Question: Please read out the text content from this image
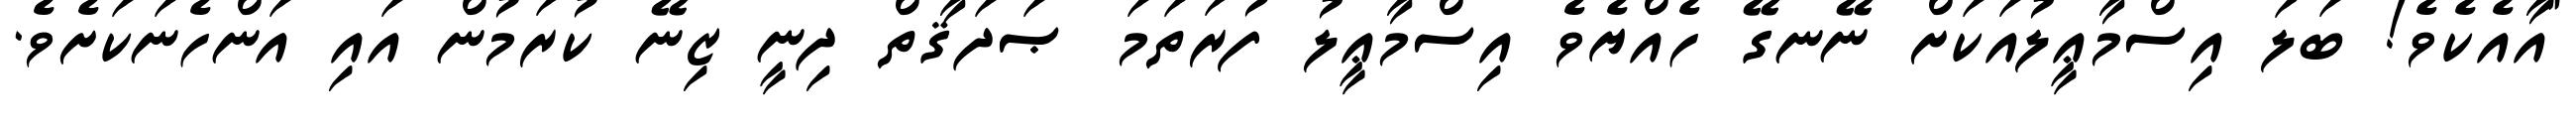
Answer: "އާއެކެވެ! ބަލަ އިސްމާޢީލުއަކަށް ނޭނގޭ ހެއްޔެވެ އިސްމާޢީލު ފުރަތަމަ ޞަދަޤާތް ދިނީ ޒިނޭ ކުރަމުން އައި އަންހެނަކަށެވެ.